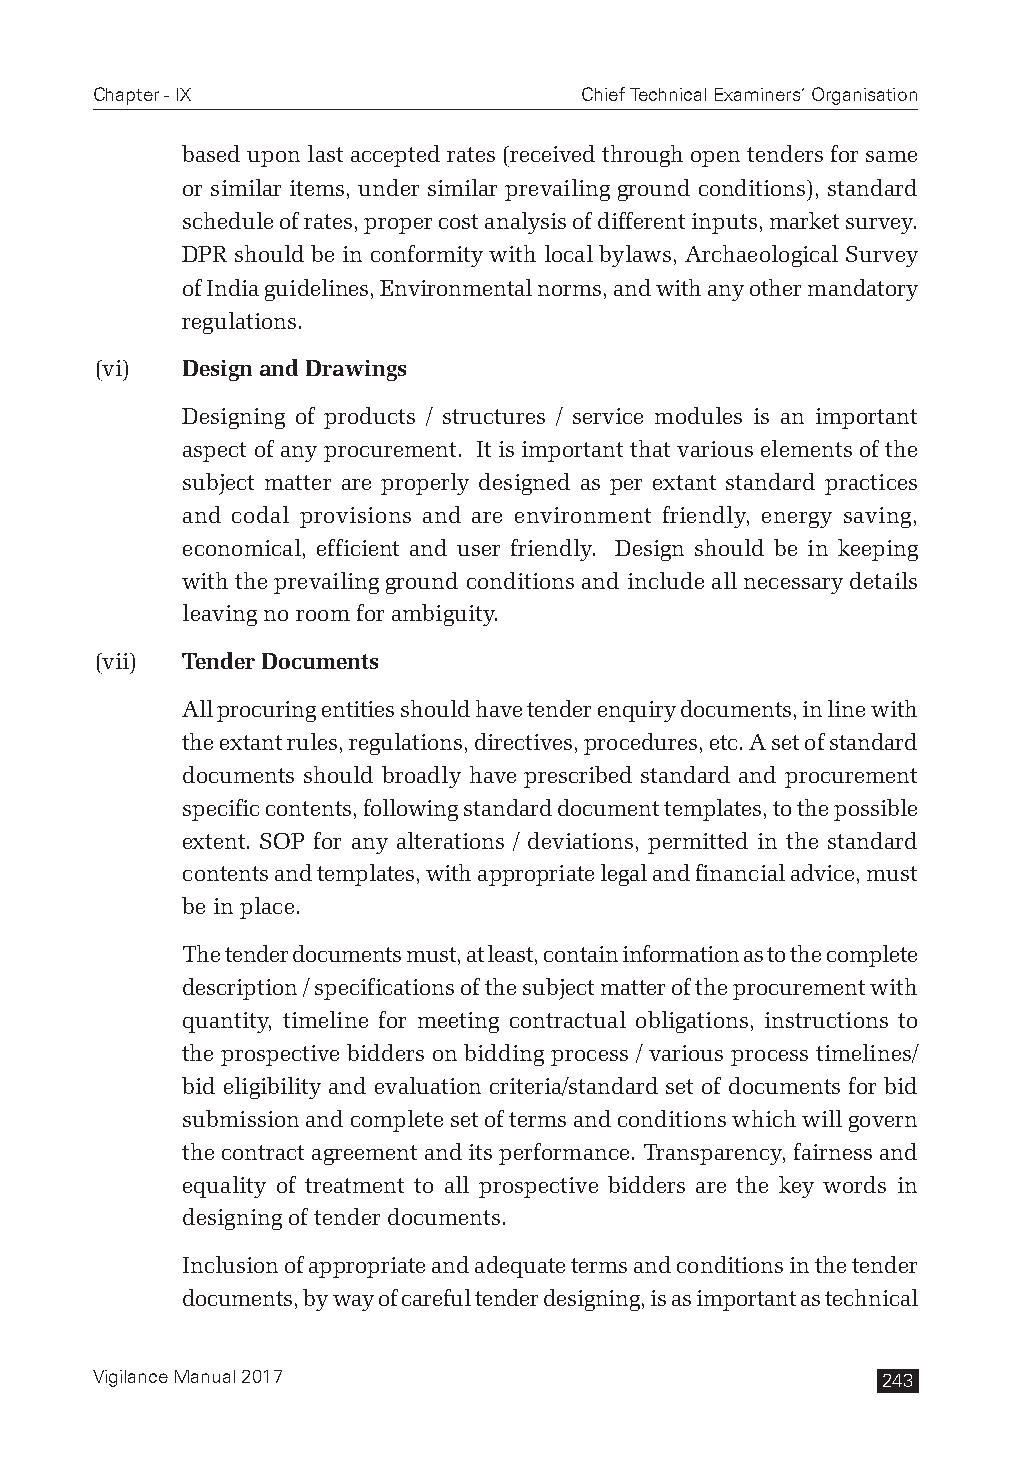
Chapter - IX                    Chief Technical Examiners’ Organisation
 based upon last accepted rates (received through open tenders for same
 or similar items, under similar prevailing ground conditions), standard
 schedule of rates, proper cost analysis of different inputs, market survey.
 DPR should be in conformity with local bylaws, Archaeological Survey
 of India guidelines, Environmental norms, and with any other mandatory
 regulations.
 (vi)  Design and Drawings
 Designing of products / structures / service modules is an important
 aspect of any procurement. It is important that various elements of the
 subject matter are properly designed as per extant standard practices
 and codal provisions and are environment friendly, energy saving,
 economical, efficient and user friendly. Design should be in keeping
 with the prevailing ground conditions and include all necessary details
 leaving no room for ambiguity.
 (vii) Tender Documents
 All procuring entities should have tender enquiry documents, in line with
 the extant rules, regulations, directives, procedures, etc. A set of standard
 documents should broadly have prescribed standard and procurement
 specific contents, following standard document templates, to the possible
 extent. SOP for any alterations / deviations, permitted in the standard
 contents and templates, with appropriate legal and financial advice, must
 be in place.
 The tender documents must, at least, contain information as to the complete
 description / specifications of the subject matter of the procurement with
 quantity, timeline for meeting contractual obligations, instructions to
 the prospective bidders on bidding process / various process timelines/
 bid eligibility and evaluation criteria/standard set of documents for bid
 submission and complete set of terms and conditions which will govern
 the contract agreement and its performance. Transparency, fairness and
 equality of treatment to all prospective bidders are the key words in
 designing of tender documents.
 Inclusion of appropriate and adequate terms and conditions in the tender
 documents, by way of careful tender designing, is as important as technical
 Vigilance Manual 2017                               243